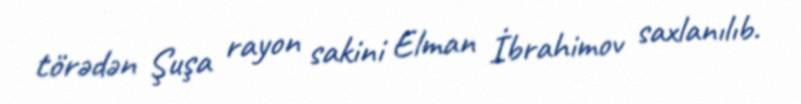
törədən Şuşa rayon sakini Elman İbrahimov saxlanılıb.